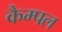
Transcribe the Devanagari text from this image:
कैम्पल